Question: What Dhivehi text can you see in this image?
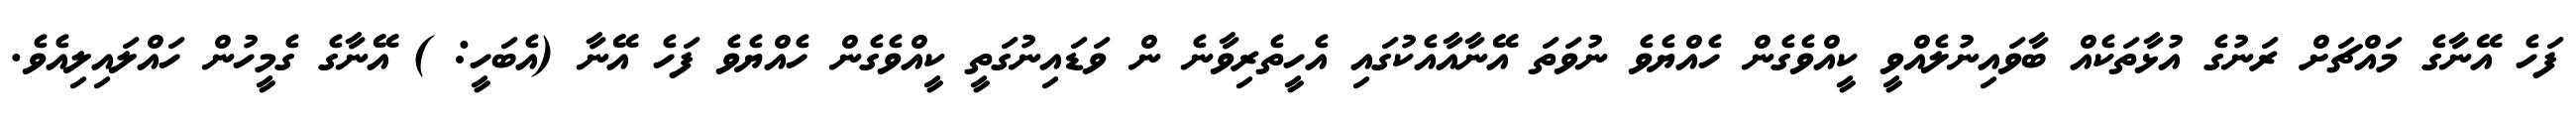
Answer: ފަހެ އޭނާގެ މައްޗަށް ރަނުގެ އުޅާތަކެއް ބާވައިނުލެއްވީ ކީއްވެގެން ހެއްޔެވެ ނުވަތަ އޭނާއާއެކުގައި އެހީތެރިވާނެ ން ވަޑައިނުގަތީ ކީއްވެގެން ހެއްޔެވެ ފަހެ އޭނާ (އެބަހީ: ) އޭނާގެ ގެމީހުން ހައްލައިލިއެވެ.